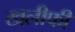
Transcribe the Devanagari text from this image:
खलीफी